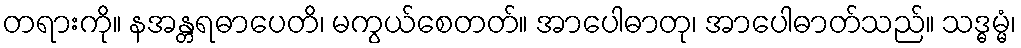
တရားကို။ နအန္တရဓာပေတိ၊ မကွယ်စေတတ်။ အာပေါဓာတု၊ အာပေါဓာတ်သည်။ သဒ္ဓမ္မံ၊